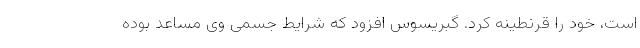
است، خود را قرنطینه کرد. گبریسوس افزود که شرایط جسمی وی مساعد بوده